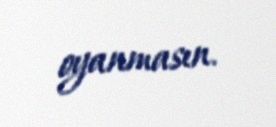
oyanmasın.